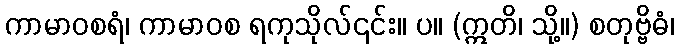
ကာမာဝစရံ၊ ကာမာဝစ ရကုသိုလ်၎င်း။ ပ။ (ဣတိ၊ သို့။) စတုဗ္ဗိဓံ၊